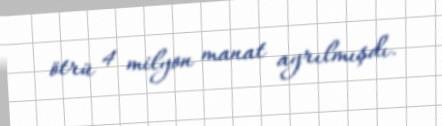
ötrü 4 milyon manat ayrılmışdı.